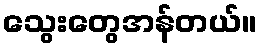
သွေးတွေအန်တယ်။